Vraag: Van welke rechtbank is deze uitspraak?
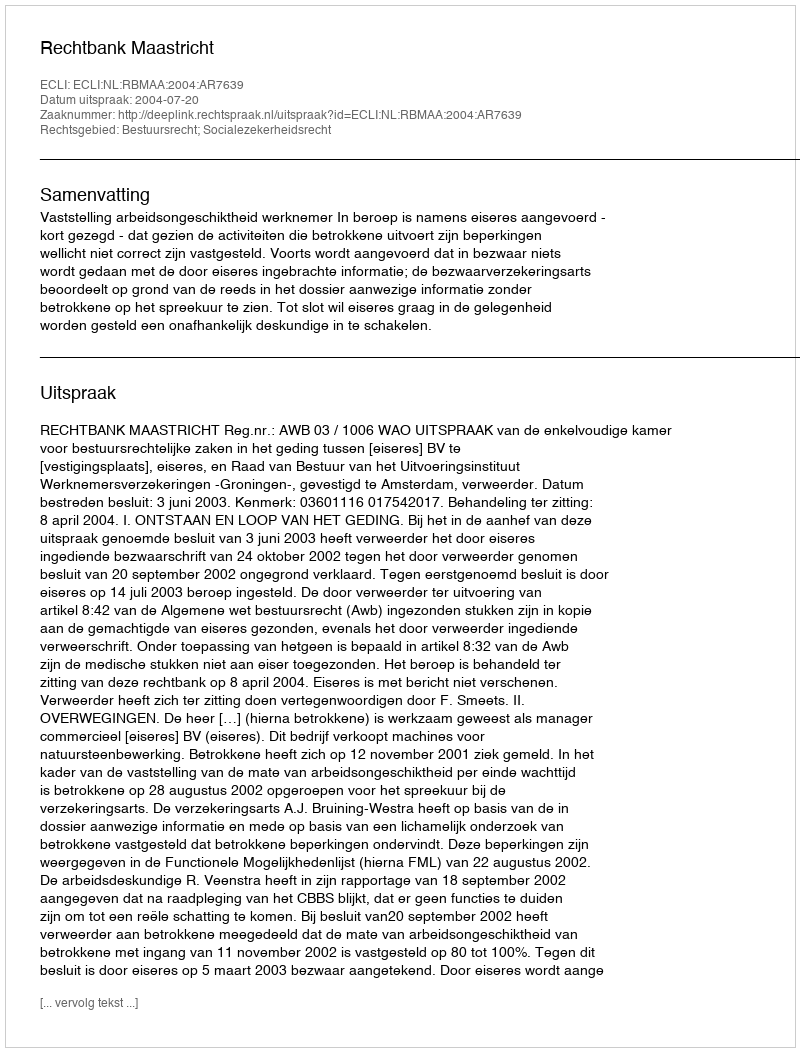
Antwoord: Rechtbank Maastricht